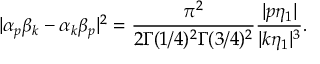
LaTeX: | \alpha _ { p } \beta _ { k } - \alpha _ { k } \beta _ { p } | ^ { 2 } = \frac { \pi ^ { 2 } } { 2 \Gamma ( 1 / 4 ) ^ { 2 } \Gamma ( 3 / 4 ) ^ { 2 } } \frac { | p \eta _ { 1 } | } { | k \eta _ { 1 } | ^ { 3 } } .